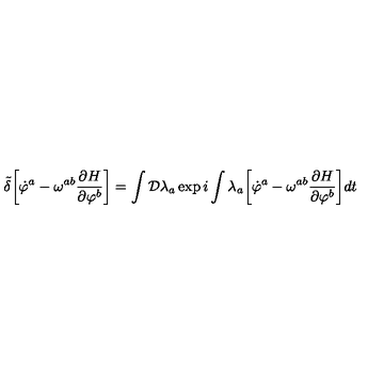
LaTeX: { \tilde { \delta } } \biggl [ { \dot { \varphi } } ^ { a } - \omega ^ { a b } { \frac { \partial H } { \partial \varphi ^ { b } } } \biggr ] = \int { \cal D } \lambda _ { a } \exp i \int \lambda _ { a } \biggl [ { \dot { \varphi } } ^ { a } - \omega ^ { a b } { \frac { \partial H } { \partial \varphi ^ { b } } } \biggr ] d t \nonumber